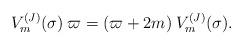
LaTeX: \begin{align*}V_m^{(J)}(\sigma)\>\varpi=(\varpi+2m)\>V_m^{(J)}(\sigma).\end{align*}